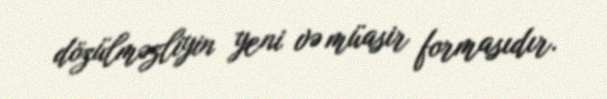
dözülməzliyin yeni və müasir formasıdır.